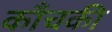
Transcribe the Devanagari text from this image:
काँचकी